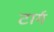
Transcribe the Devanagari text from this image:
टार्ग